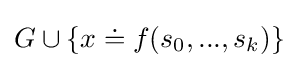
G\cup \{x\doteq f(s_{0},...,s_{k})\}